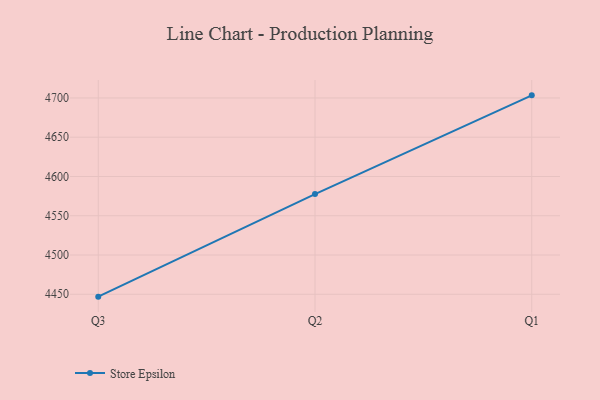
{"axis": {"x": "Quarter", "y": "Temperature (°C)"}, "legend": ["Store Epsilon"], "data": [{"x": "Q3", "y": 4447.0, "type": "Store Epsilon"}, {"x": "Q2", "y": 4577.6, "type": "Store Epsilon"}, {"x": "Q1", "y": 4703.3, "type": "Store Epsilon"}]}